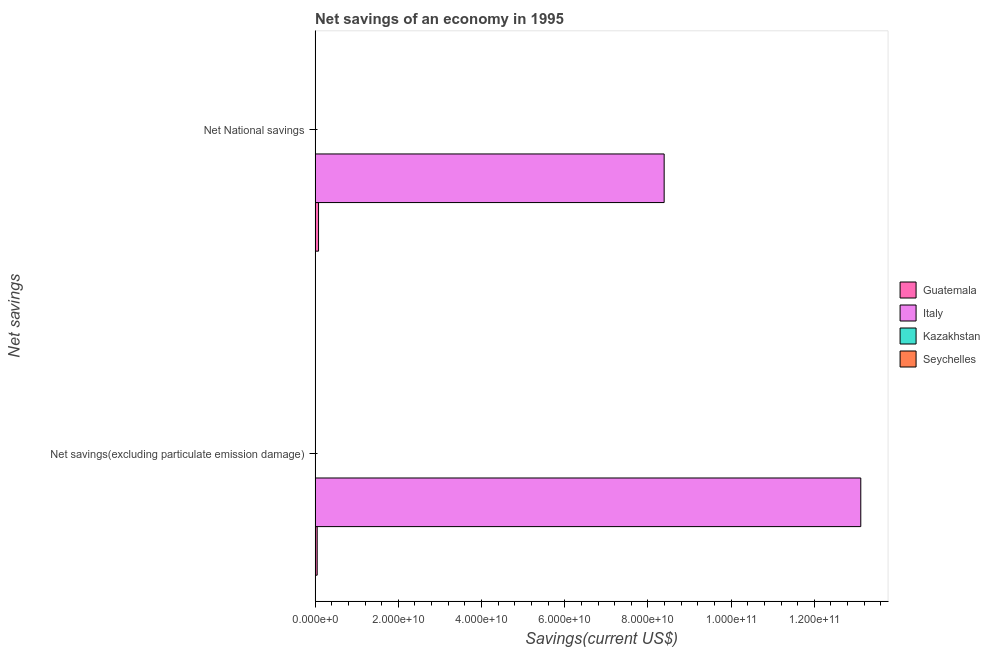
| Net savings | Guatemala | Italy | Kazakhstan | Seychelles |
 | --- | --- | --- | --- | --- |
 | Net savings(excluding particulate emission damage) | 5.01e+08 | 1.31e+11 | -2.32e+09 | -5.27e+07 |
 | Net National savings | 8.27e+08 | 8.39e+10 | -7.3e+07 | -8.27e+07 |